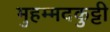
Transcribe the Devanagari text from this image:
मुहम्मदकुट्टी